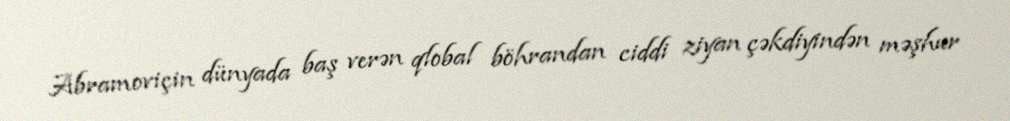
Abramoviçin dünyada baş verən qlobal böhrandan ciddi ziyan çəkdiyindən məşhur